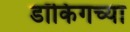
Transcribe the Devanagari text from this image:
डॉकिंगच्या